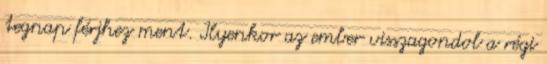
tegnap férjhez ment. Ilyenkor az ember visszagondol a régi